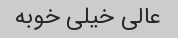
عالی خیلی خوبه